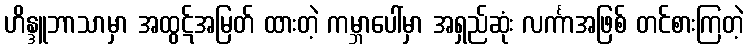
ဟိန္ဒူဘာသာမှာ အထွဋ်အမြတ် ထားတဲ့ ကမ္ဘာပေါ်မှာ အရှည်ဆုံး လင်္ကာအဖြစ် တင်စားကြတဲ့